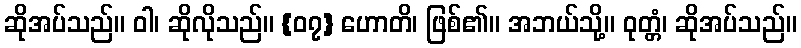
ဆိုအပ်သည်။ ဝါ၊ ဆိုလိုသည်။ {၀၇} ဟောတိ၊ ဖြစ်၏။ အဘယ်သို့။ ဝုတ္တံ၊ ဆိုအပ်သည်။